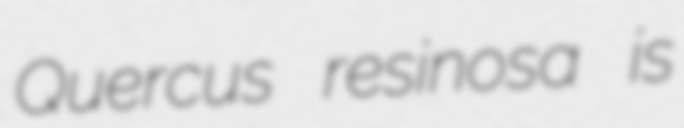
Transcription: Quercus resinosa is